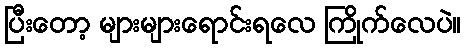
ပြီးတော့ များများရောင်းရလေ ကြိုက်လေပဲ။